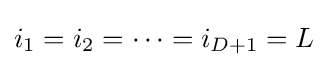
i_{1}=i_{2}=\cdots =i_{D+1}=L